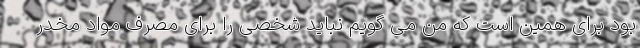
بود برای همین است که من می گویم نباید شخصی را برای مصرف مواد مخدر